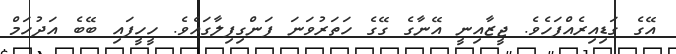
އޭގެ ގަޑިއިރެއްފަހެވެ. ޖީޒާއިނީ އޭނާގެ ގޭގެ ހަތަރުވަނަ ފަންގިފިލާގައެވެ. ހީހީފައި ބޭބެ އަދުހަމް